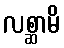
လစ္ဆာမိ